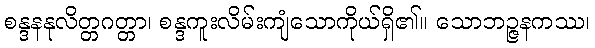
စန္ဒနနုလိတ္တဂတ္တာ၊ စန္ဒကူးလိမ်းကျံသောကိုယ်ရှိ၏။ သောဘဉ္ဇနကဿ၊